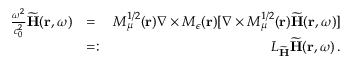
\begin{array} { r l r } { \frac { \omega ^ { 2 } } { c _ { 0 } ^ { 2 } } \widetilde { \bf H } ( { \bf r } , \omega ) } & { = } & { M _ { \mu } ^ { 1 / 2 } ( { \bf r } ) \nabla \times M _ { \epsilon } ( { \bf r } ) [ \nabla \times M _ { \mu } ^ { 1 / 2 } ( { \bf r } ) \widetilde { \bf H } ( { \bf r } , \omega ) ] } \\ & { = : } & { { \cal L } _ { \widetilde { \bf H } } \widetilde { \bf H } ( { \bf r } , \omega ) \, . } \end{array}